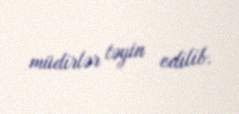
müdirlər təyin edilib.